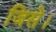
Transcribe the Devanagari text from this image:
जिसे।